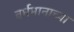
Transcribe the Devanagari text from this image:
वर्धमानाच्या